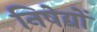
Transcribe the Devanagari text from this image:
निषेद्यों